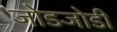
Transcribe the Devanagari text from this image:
जोडजोडी